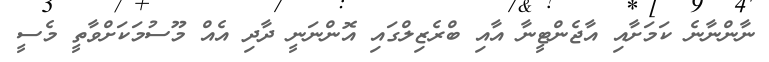
ނާންނާނެ ކަމަށާއި އާޖެންޓީނާ އާއި ބްރެޒިލްގައި އޮންނަނީ ދާދި އެއް މޫސުމަކަށްވާތީ މެސީ